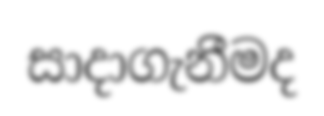
සාදාගැනීමද